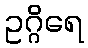
ဥဂ္ဂိရေ